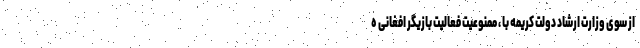
از سوی وزارت ارشاد دولت کریمه با ، ممنوعیت فعالیت بازیگر افغانی ه